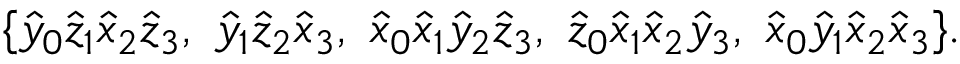
\{ { \hat { y } } _ { 0 } { \hat { z } } _ { 1 } { \hat { x } } _ { 2 } { \hat { z } } _ { 3 } , \ { \hat { y } } _ { 1 } { \hat { z } } _ { 2 } { \hat { x } } _ { 3 } , \ { \hat { x } } _ { 0 } { \hat { x } } _ { 1 } { \hat { y } } _ { 2 } { \hat { z } } _ { 3 } , \ { \hat { z } } _ { 0 } { \hat { x } } _ { 1 } { \hat { x } } _ { 2 } { \hat { y } } _ { 3 } , \ { \hat { x } } _ { 0 } { \hat { y } } _ { 1 } { \hat { x } } _ { 2 } { \hat { x } } _ { 3 } \} .